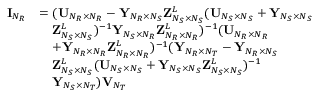
\begin{array} { r l } { { \bf { I } } _ { N _ { R } } } & { = ( { \bf { U } } _ { N _ { R } \times N _ { R } } - { \bf { Y } } _ { N _ { R } \times N _ { S } } { \bf { Z } } _ { N _ { S } \times N _ { S } } ^ { L } ( { \bf { U } } _ { N _ { S } \times N _ { S } } + { \bf { Y } } _ { N _ { S } \times N _ { S } } } \\ & { \quad { \bf { Z } } _ { N _ { S } \times N _ { S } } ^ { L } ) ^ { - 1 } { \bf { Y } } _ { N _ { S } \times N _ { R } } { \bf { Z } } _ { N _ { R } \times N _ { R } } ^ { L } ) ^ { - 1 } ( { \bf { U } } _ { N _ { R } \times N _ { R } } } \\ & { \quad + { \bf { Y } } _ { N _ { R } \times N _ { R } } { \bf { Z } } _ { N _ { R } \times N _ { R } } ^ { L } ) ^ { - 1 } ( { \bf { Y } } _ { N _ { R } \times N _ { T } } - { \bf { Y } } _ { N _ { R } \times N _ { S } } } \\ & { \quad { \bf { Z } } _ { N _ { S } \times N _ { S } } ^ { L } ( { \bf { U } } _ { N _ { S } \times N _ { S } } + { \bf { Y } } _ { N _ { S } \times N _ { S } } { \bf { Z } } _ { N _ { S } \times N _ { S } } ^ { L } ) ^ { - 1 } } \\ & { \quad { \bf { Y } } _ { N _ { S } \times N _ { T } } ) { \bf { V } } _ { N _ { T } } } \end{array}